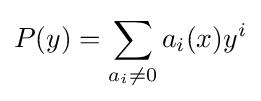
P(y)=\sum _{a_{i}\neq 0}a_{i}(x)y^{i}